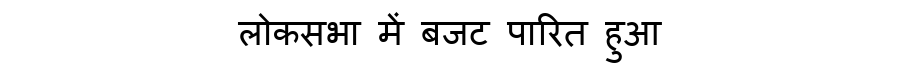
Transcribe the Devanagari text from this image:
लोकसभा में बजट पारित हुआ